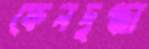
ফেনদুগ্ধা